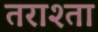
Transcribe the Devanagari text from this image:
तराश्ता